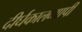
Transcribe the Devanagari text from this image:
दीर्घकालव्यापी